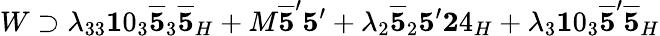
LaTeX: W\supset\lambda_{33}{\mathbf 10}_{3}\overline{{{{\mathbf 5}}}}_{3}\overline{{{{\mathbf 5}}}}_{H}+M\overline{{{{\mathbf 5}}}}^{\prime}{\mathbf 5}^{\prime}+\lambda_{2}\overline{{{{\mathbf 5}}}}_{2}{\mathbf 5}^{\prime}{\mathbf 24}_{H}+\lambda_{3}{\mathbf 10}_{3}\overline{{{{\mathbf 5}}}}^{\prime}\overline{{{{\mathbf 5}}}}_{H}